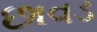
છાવડ